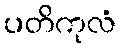
ပတိကုလံ